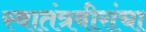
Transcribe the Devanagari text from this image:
स्वातंत्रवीरांचा